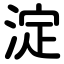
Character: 淀